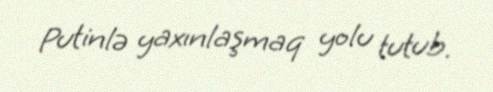
Putinlə yaxınlaşmaq yolu tutub.